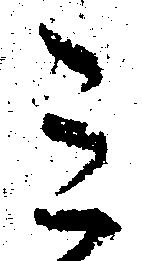
ミ